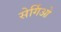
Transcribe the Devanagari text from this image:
सेर्गिओ